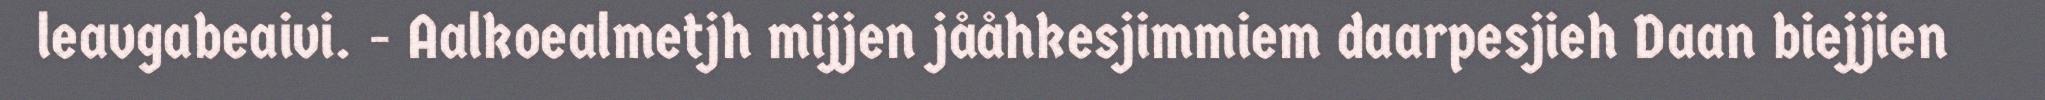
leavgabeaivi. - Aalkoealmetjh mijjen jååhkesjimmiem daarpesjieh Daan biejjien